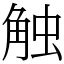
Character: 触